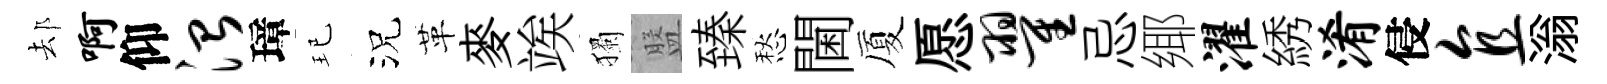
𨚫啊仰治璋玘況革麥竢獨盤臻愁閫厦愿翟忌鄊濯綉淆侵直滃